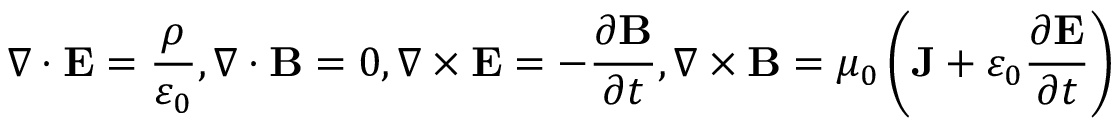
\nabla \cdot \mathbf { E } = \frac { \rho } { \varepsilon _ { 0 } } , \nabla \cdot \mathbf { B } = 0 , \nabla \times \mathbf { E } = - \frac { \partial \mathbf { B } } { \partial t } , \nabla \times \mathbf { B } = \mu _ { 0 } \left( \mathbf { J } + \varepsilon _ { 0 } \frac { \partial \mathbf { E } } { \partial t } \right)